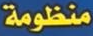
منظومة